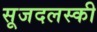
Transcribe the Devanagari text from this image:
सूजदलस्की